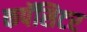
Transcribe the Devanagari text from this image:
कपॅसिटर